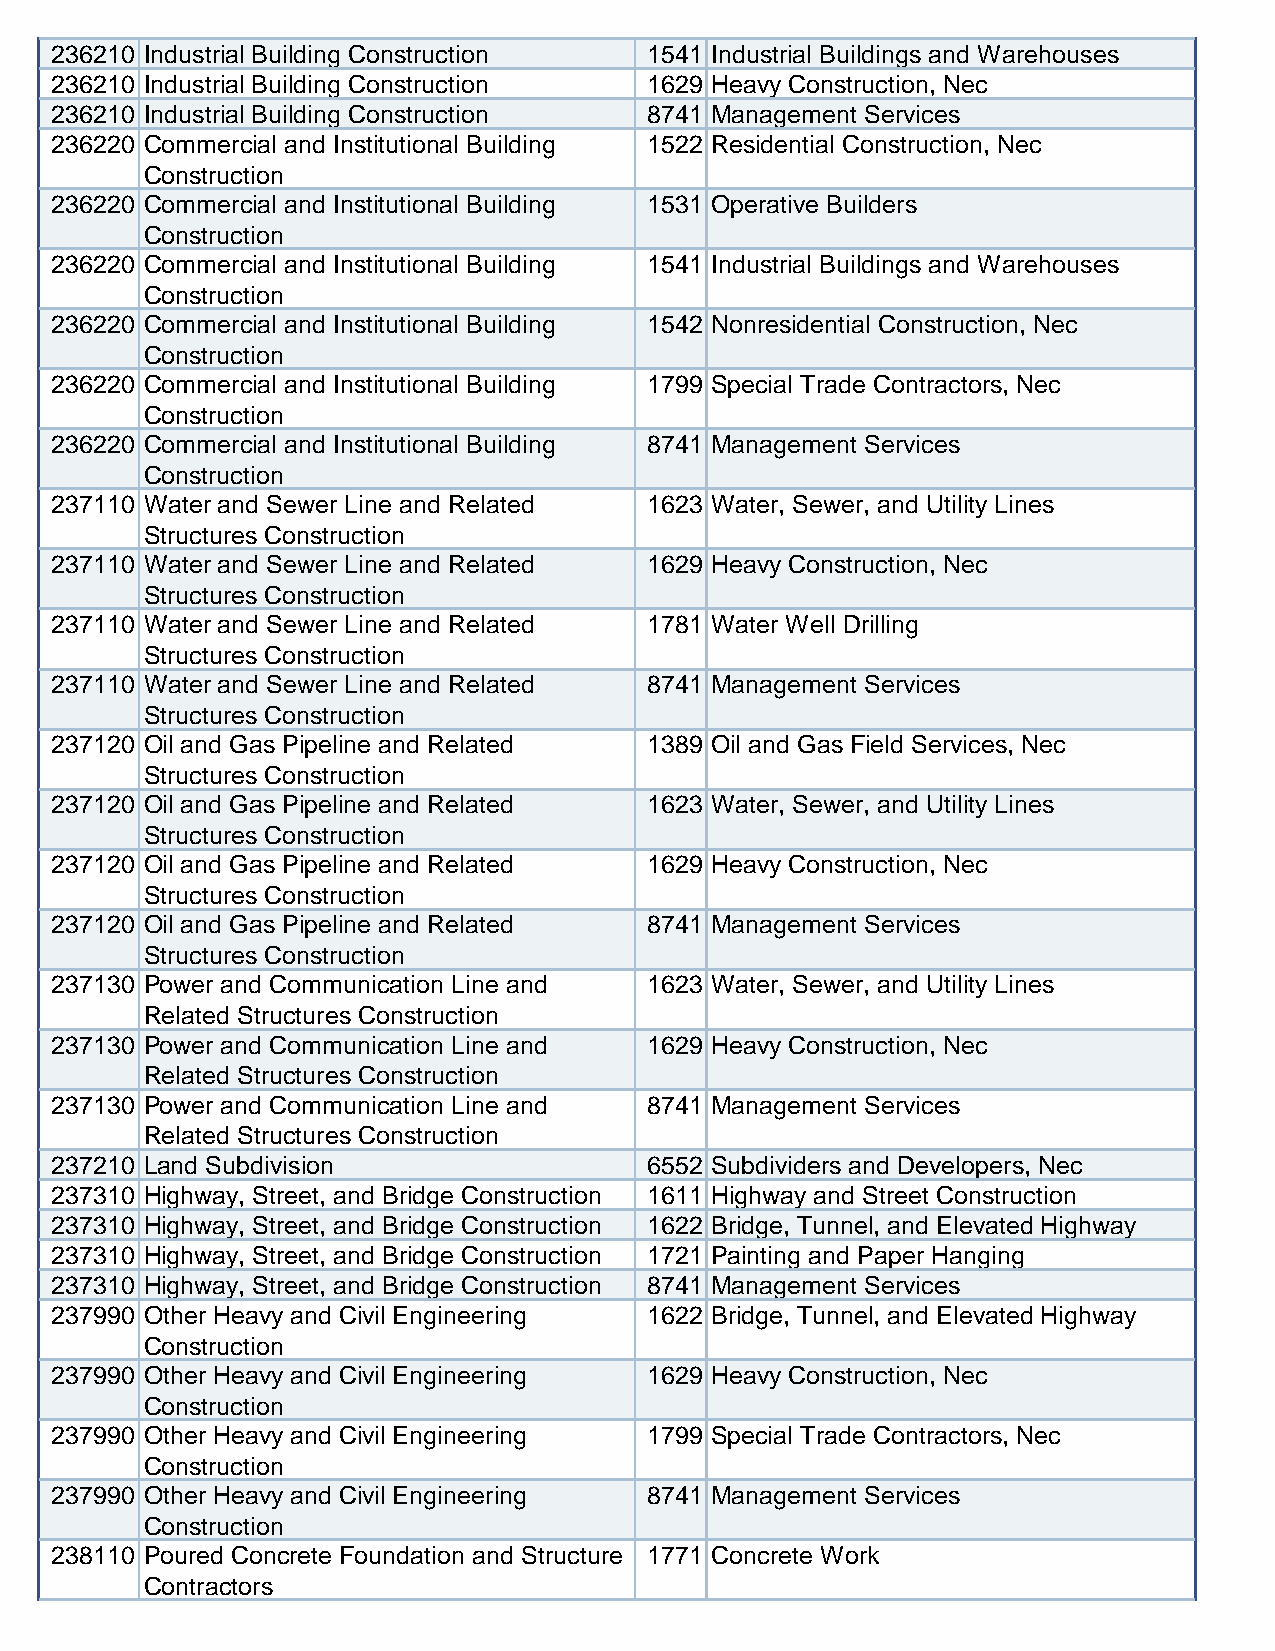
236210 Industrial Building Construction 1541 Industrial Buildings and Warehouses
 236210 Industrial Building Construction 1629 Heavy Construction, Nec
 236210 Industrial Building Construction 8741 Management Services
 236220 Commercial and Institutional Building 1522 Residential Construction, Nec
 Construction
 236220 Commercial and Institutional Building 1531 Operative Builders
 Construction
 236220 Commercial and Institutional Building 1541 Industrial Buildings and Warehouses
 Construction
 236220 Commercial and Institutional Building 1542 Nonresidential Construction, Nec
 Construction
 236220 Commercial and Institutional Building 1799 Special Trade Contractors, Nec
 Construction
 236220 Commercial and Institutional Building 8741 Management Services
 Construction
 237110 Water and Sewer Line and Related 1623 Water, Sewer, and Utility Lines
 Structures Construction
 237110 Water and Sewer Line and Related 1629 Heavy Construction, Nec
 Structures Construction
 237110 Water and Sewer Line and Related 1781 Water Well Drilling
 Structures Construction
 237110 Water and Sewer Line and Related 8741 Management Services
 Structures Construction
 237120 Oil and Gas Pipeline and Related 1389 Oil and Gas Field Services, Nec
 Structures Construction
 237120 Oil and Gas Pipeline and Related 1623 Water, Sewer, and Utility Lines
 Structures Construction
 237120 Oil and Gas Pipeline and Related 1629 Heavy Construction, Nec
 Structures Construction
 237120 Oil and Gas Pipeline and Related 8741 Management Services
 Structures Construction
 237130 Power and Communication Line and 1623 Water, Sewer, and Utility Lines
 Related Structures Construction
 237130 Power and Communication Line and 1629 Heavy Construction, Nec
 Related Structures Construction
 237130 Power and Communication Line and 8741 Management Services
 Related Structures Construction
 237210 Land Subdivision                 6552 Subdividers and Developers, Nec
 237310 Highway, Street, and Bridge Construction 1611 Highway and Street Construction
 237310 Highway, Street, and Bridge Construction 1622 Bridge, Tunnel, and Elevated Highway
 237310 Highway, Street, and Bridge Construction 1721 Painting and Paper Hanging
 237310 Highway, Street, and Bridge Construction 8741 Management Services
 237990 Other Heavy and Civil Engineering 1622 Bridge, Tunnel, and Elevated Highway
 Construction
 237990 Other Heavy and Civil Engineering 1629 Heavy Construction, Nec
 Construction
 237990 Other Heavy and Civil Engineering 1799 Special Trade Contractors, Nec
 Construction
 237990 Other Heavy and Civil Engineering 8741 Management Services
 Construction
 238110 Poured Concrete Foundation and Structure 1771 Concrete Work
 Contractors